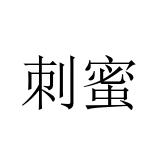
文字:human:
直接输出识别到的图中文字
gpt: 刺蜜